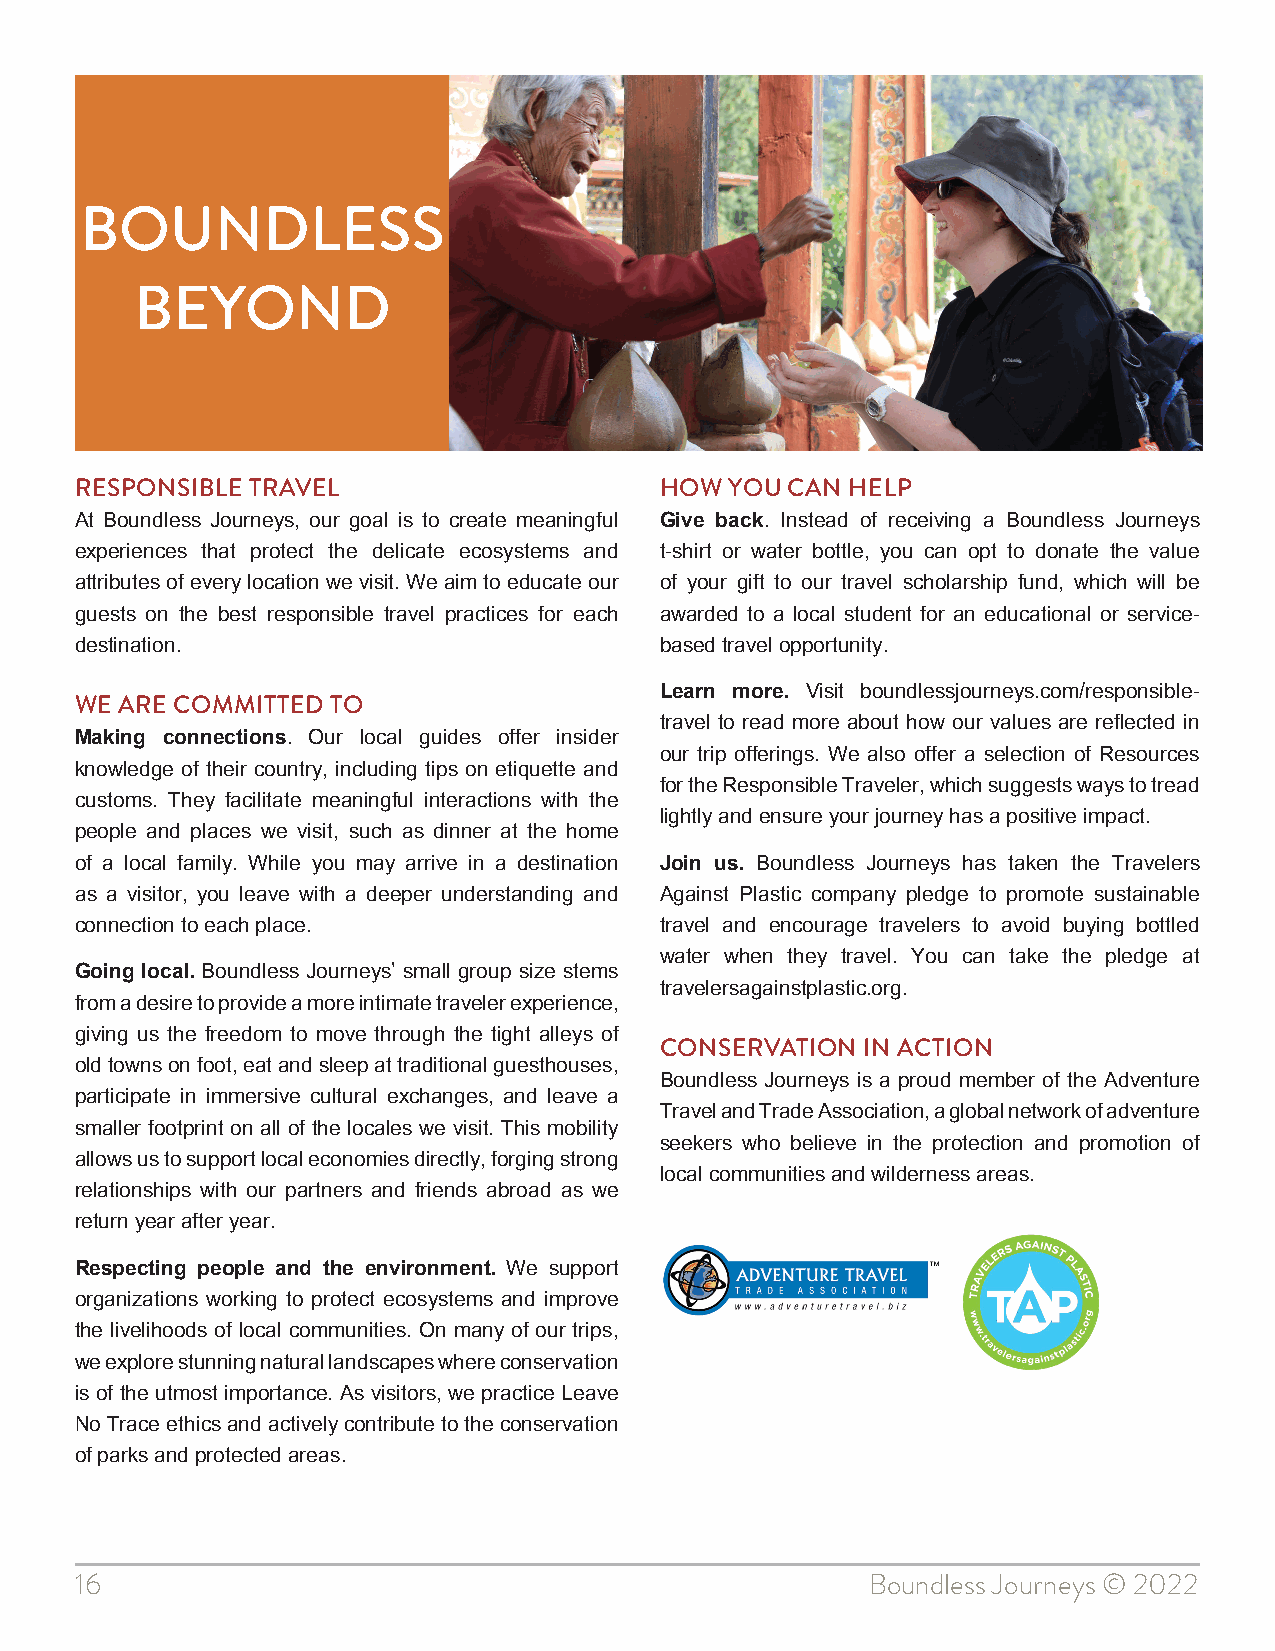
BOUNDLESS
 BEYOND
 RESPONSIBLE TRAVEL                     HOW YOU CAN HELP
 At Boundless Journeys, our goal is to create meaningful Give back. Instead of receiving a Boundless Journeys
 experiences that protect the delicate ecosystems and t-shirt or water bottle, you can opt to donate the value
 attributes of every location we visit. We aim to educate our of your gift to our travel scholarship fund, which will be
 guests on the best responsible travel practices for each awarded to a local student for an educational or service-
 destination.                           based travel opportunity.
 Learn more. Visit boundlessjourneys.com/responsible-
 WE ARE COMMITTED TO
 travel to read more about how our values are reflected in
 Making connections. Our local guides offer insider
 our trip offerings. We also offer a selection of Resources
 knowledge of their country, including tips on etiquette and
 for the Responsible Traveler, which suggests ways to tread
 customs. They facilitate meaningful interactions with the
 lightly and ensure your journey has a positive impact.
 people and places we visit, such as dinner at the home
 of a local family. While you may arrive in a destination Join us. Boundless Journeys has taken the Travelers
 as a visitor, you leave with a deeper understanding and Against Plastic company pledge to promote sustainable
 connection to each place.              travel and encourage travelers to avoid buying bottled
 water when they travel. You can take the pledge at
 Going local. Boundless Journeys’ small group size stems
 travelersagainstplastic.org.
 from a desire to provide a more intimate traveler experience,
 giving us the freedom to move through the tight alleys of
 CONSERVATION IN ACTION
 old towns on foot, eat and sleep at traditional guesthouses,
 Boundless Journeys is a proud member of the Adventure
 participate in immersive cultural exchanges, and leave a
 Travel and Trade Association, a global network of adventure
 smaller footprint on all of the locales we visit. This mobility
 seekers who believe in the protection and promotion of
 allows us to support local economies directly, forging strong
 local communities and wilderness areas.
 relationships with our partners and friends abroad as we
 return year after year.
 Respecting people and the environment. We support
 organizations working to protect ecosystems and improve
 the livelihoods of local communities. On many of our trips,
 we explore stunning natural landscapes where conservation
 is of the utmost importance. As visitors, we practice Leave
 No Trace ethics and actively contribute to the conservation
 of parks and protected areas.
 16                                                   Boundless Journeys © 2022